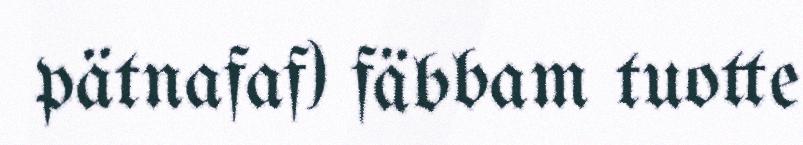
pätnafaf) fäbbam tuotte